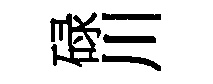
碌川